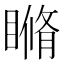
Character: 𥉈